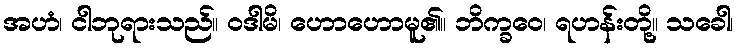
အဟံ၊ ငါဘုရားသည်။ ဝဒါမိ၊ ဟောဟောမူ၏။ ဘိက္ခဝေ၊ ရဟန်းတို့။ သခေါ၊